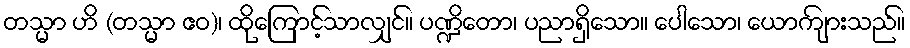
တသ္မာ ဟိ (တသ္မာ ဧဝ)၊ ထိုကြောင့်သာလျှင်။ ပဏ္ဍိတော၊ ပညာရှိသော။ ပေါသော၊ ယောကျ်ားသည်။